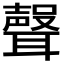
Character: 𮋻